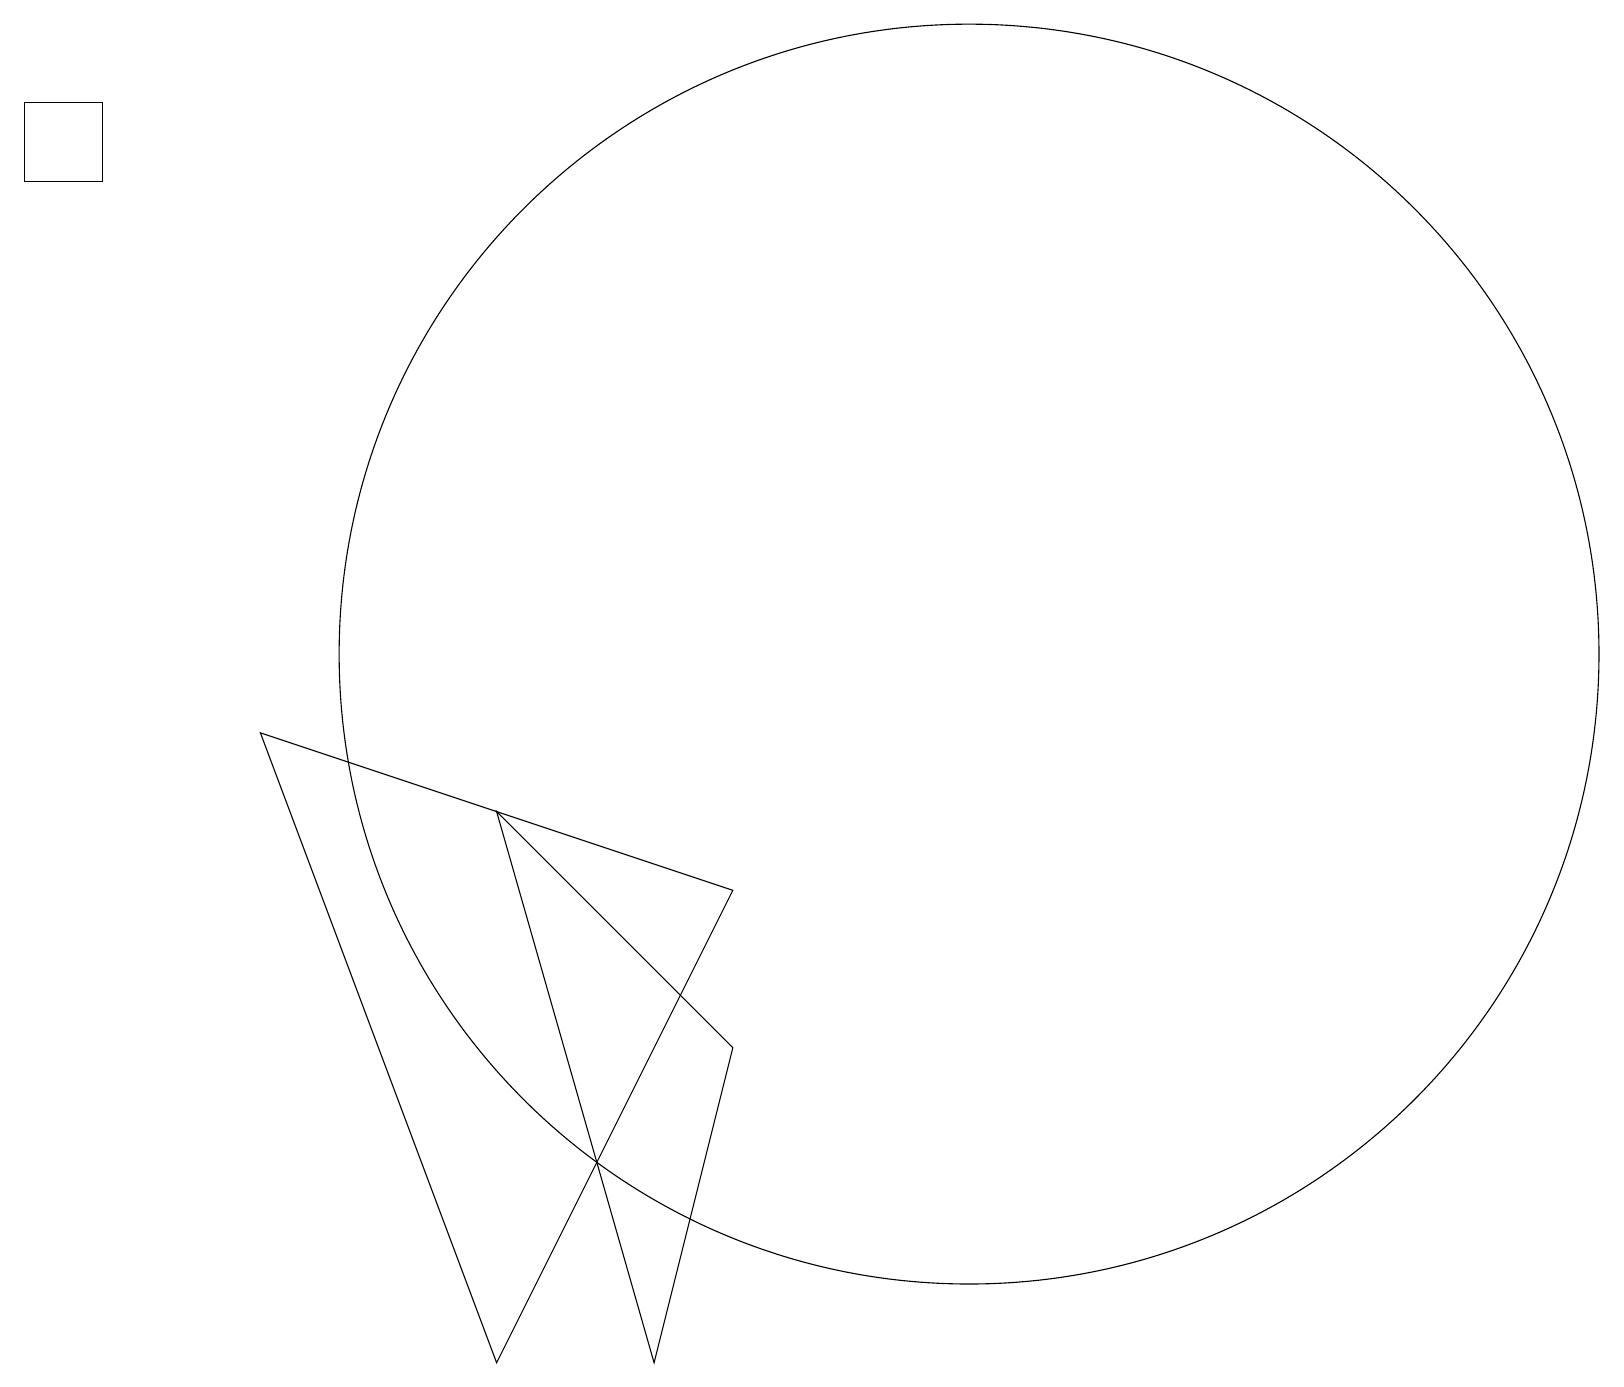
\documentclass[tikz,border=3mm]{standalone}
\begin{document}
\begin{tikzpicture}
\draw (1,17) rectangle (0,16);
\draw (3,9) -- (6,1) -- (9,7) -- cycle;
\draw (9,5) -- (8,1) -- (6,8) -- cycle;
\draw (12,10) circle (8);
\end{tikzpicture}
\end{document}